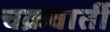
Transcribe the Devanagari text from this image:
चक्रवार्ती